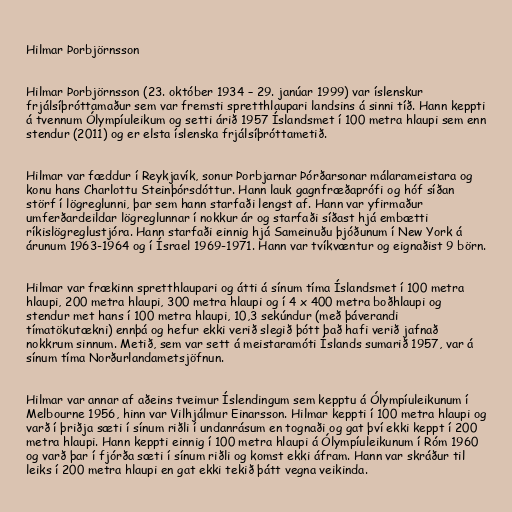
Hilmar Þorbjörnsson

Hilmar Þorbjörnsson (23. október 1934 – 29. janúar 1999) var íslenskur
frjálsíþróttamaður sem var fremsti spretthlaupari landsins á sinni tíð. Hann keppti
á tvennum Ólympíuleikum og setti árið 1957 Íslandsmet í 100 metra hlaupi sem enn
stendur (2011) og er elsta íslenska frjálsíþróttametið.

Hilmar var fæddur í Reykjavík, sonur Þorbjarnar Þórðarsonar málarameistara og
konu hans Charlottu Steinþórsdóttur. Hann lauk gagnfræðaprófi og hóf síðan
störf í lögreglunni, þar sem hann starfaði lengst af. Hann var yfirmaður
umferðardeildar lögreglunnar í nokkur ár og starfaði síðast hjá embætti
ríkislögreglustjóra. Hann starfaði einnig hjá Sameinuðu þjóðunum í New York á
árunum 1963-1964 og í Ísrael 1969-1971. Hann var tvíkvæntur og eignaðist 9 börn.

Hilmar var frækinn spretthlaupari og átti á sínum tíma Íslandsmet í 100 metra
hlaupi, 200 metra hlaupi, 300 metra hlaupi og í 4 x 400 metra boðhlaupi og
stendur met hans í 100 metra hlaupi, 10,3 sekúndur (með þáverandi
tímatökutækni) ennþá og hefur ekki verið slegið þótt það hafi verið jafnað
nokkrum sinnum. Metið, sem var sett á meistaramóti Íslands sumarið 1957, var á
sínum tíma Norðurlandametsjöfnun.

Hilmar var annar af aðeins tveimur Íslendingum sem kepptu á Ólympíuleikunum í
Melbourne 1956, hinn var Vilhjálmur Einarsson. Hilmar keppti í 100 metra hlaupi og
varð í þriðja sæti í sínum riðli í undanrásum en tognaði og gat því ekki keppt í 200
metra hlaupi. Hann keppti einnig í 100 metra hlaupi á Ólympíuleikunum í Róm 1960
og varð þar í fjórða sæti í sínum riðli og komst ekki áfram. Hann var skráður til
leiks í 200 metra hlaupi en gat ekki tekið þátt vegna veikinda.